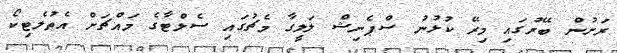
ރަށުން ބޭރުގައި މިރޭ ކުޅުނު ސްޕެނިޝް ލަލީގާ މެޗުގައި ސެލްޓާގެ މައްޗަށް އެތުލެޓިކޯ